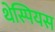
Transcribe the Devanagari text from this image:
थेस्पियस